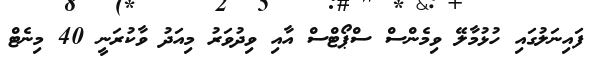
ފައިނަލުގައި ހުޅުމާލޭ ވިމެންސް ސްޕޯޓްސް އާއި ވިދުވަރު މިއަދު ވާކުރަނީ 40 މިނެޓް